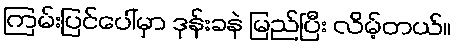
ကြမ်းပြင်ပေါ်မှာ ဒုန်းခနဲ မြည်ပြီး လိမ့်တယ်။